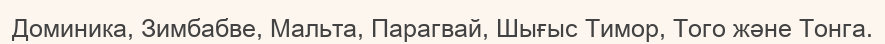
Доминика, Зимбабве, Мальта, Парагвай, Шығыс Тимор, Того және Тонга.